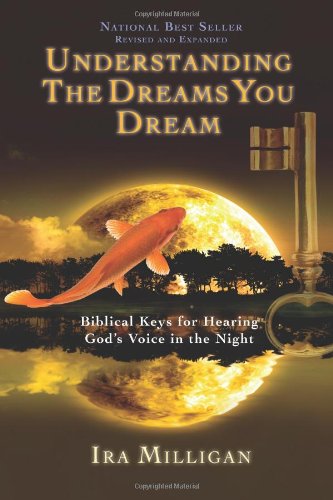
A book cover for Understanding the Dreams You Dream Revised and Expanded; Ira Milligan; Self-Help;